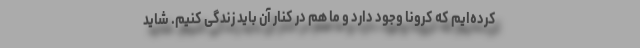
کرده‌ایم که کرونا وجود دارد و ما هم در کنار آن باید زندگی کنیم. شاید